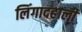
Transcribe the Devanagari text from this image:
लिंगादहाली